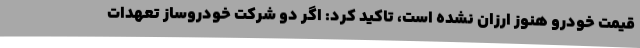
قیمت خودرو هنوز ارزان نشده است، تاکید کرد: اگر دو شرکت خودروساز تعهدات